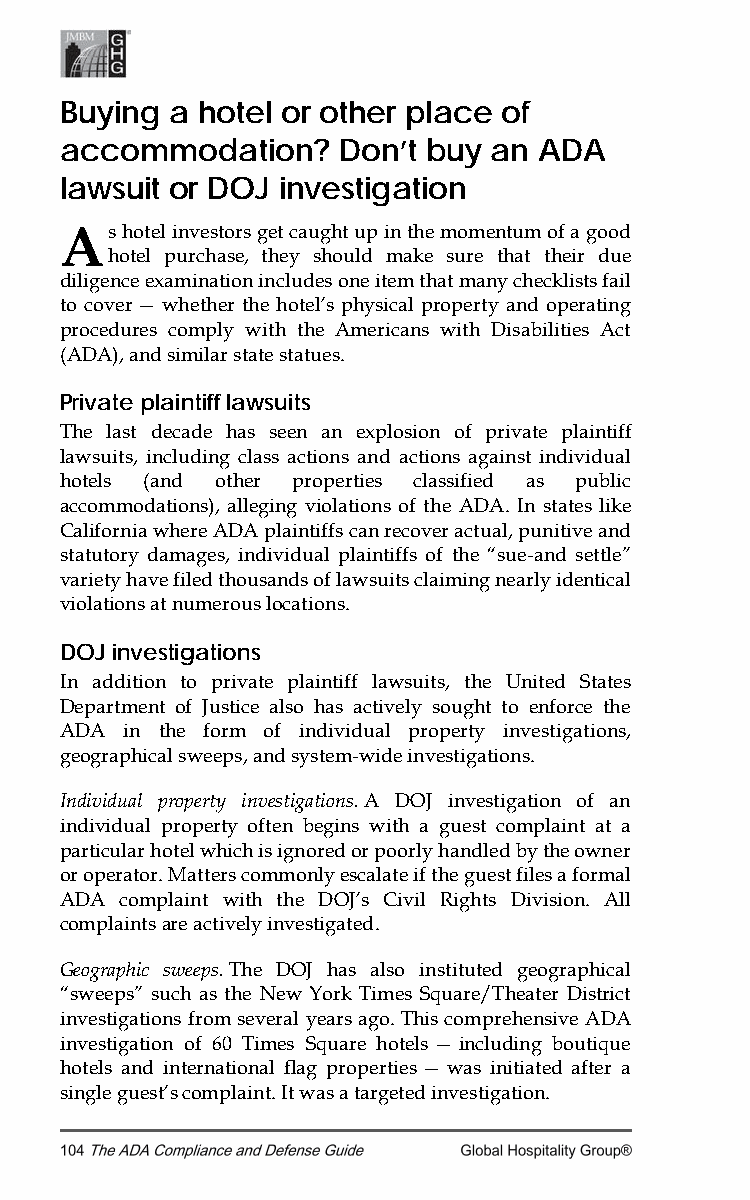
Buying a hotel or other place of
 accommodation?    Don’t buy  an ADA
 lawsuit or DOJ investigation
 A  s hotel investors get caught up in the momentum of a good
 hotel purchase, they should make sure that their due
 diligence examination includes one item that many checklists fail
 to cover — whether the hotel’s physical property and operating
 procedures comply with the Americans with Disabilities Act
 (ADA), and similar state statues.
 Private plaintiff lawsuits
 The last decade has seen an explosion of private plaintiff
 lawsuits, including class actions and actions against individual
 hotels (and other properties classified as public
 accommodations), alleging violations of the ADA. In states like
 California where ADA plaintiffs can recover actual, punitive and
 statutory damages, individual plaintiffs of the “sue-and settle”
 variety have filed thousands of lawsuits claiming nearly identical
 violations at numerous locations.
 DOJ investigations
 In addition to private plaintiff lawsuits, the United States
 Department of Justice also has actively sought to enforce the
 ADA in the form of individual property investigations,
 geographical sweeps, and system-wide investigations.
 Individual property investigations. A DOJ investigation of an
 individual property often begins with a guest complaint at a
 particular hotel which is ignored or poorly handled by the owner
 or operator. Matters commonly escalate if the guest files a formal
 ADA complaint with the DOJ’s Civil Rights Division. All
 complaints are actively investigated.
 Geographic sweeps. The DOJ has also instituted geographical
 “sweeps” such as the New York Times Square/Theater District
 investigations from several years ago. This comprehensive ADA
 investigation of 60 Times Square hotels — including boutique
 hotels and international flag properties — was initiated after a
 single guest’s complaint. It was a targeted investigation.